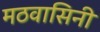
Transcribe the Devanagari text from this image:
मठवासिनी